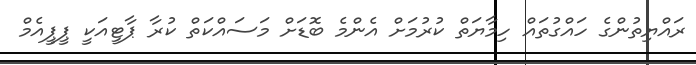
ރައްޔިތުންގެ ހައްގުތައް ހިމާޔަތް ކުރުމަށް އެންމެ ބޮޑަށް މަސައްކަތް ކުރާ ޕާޓީއަކީ ޕީޕީއެމް